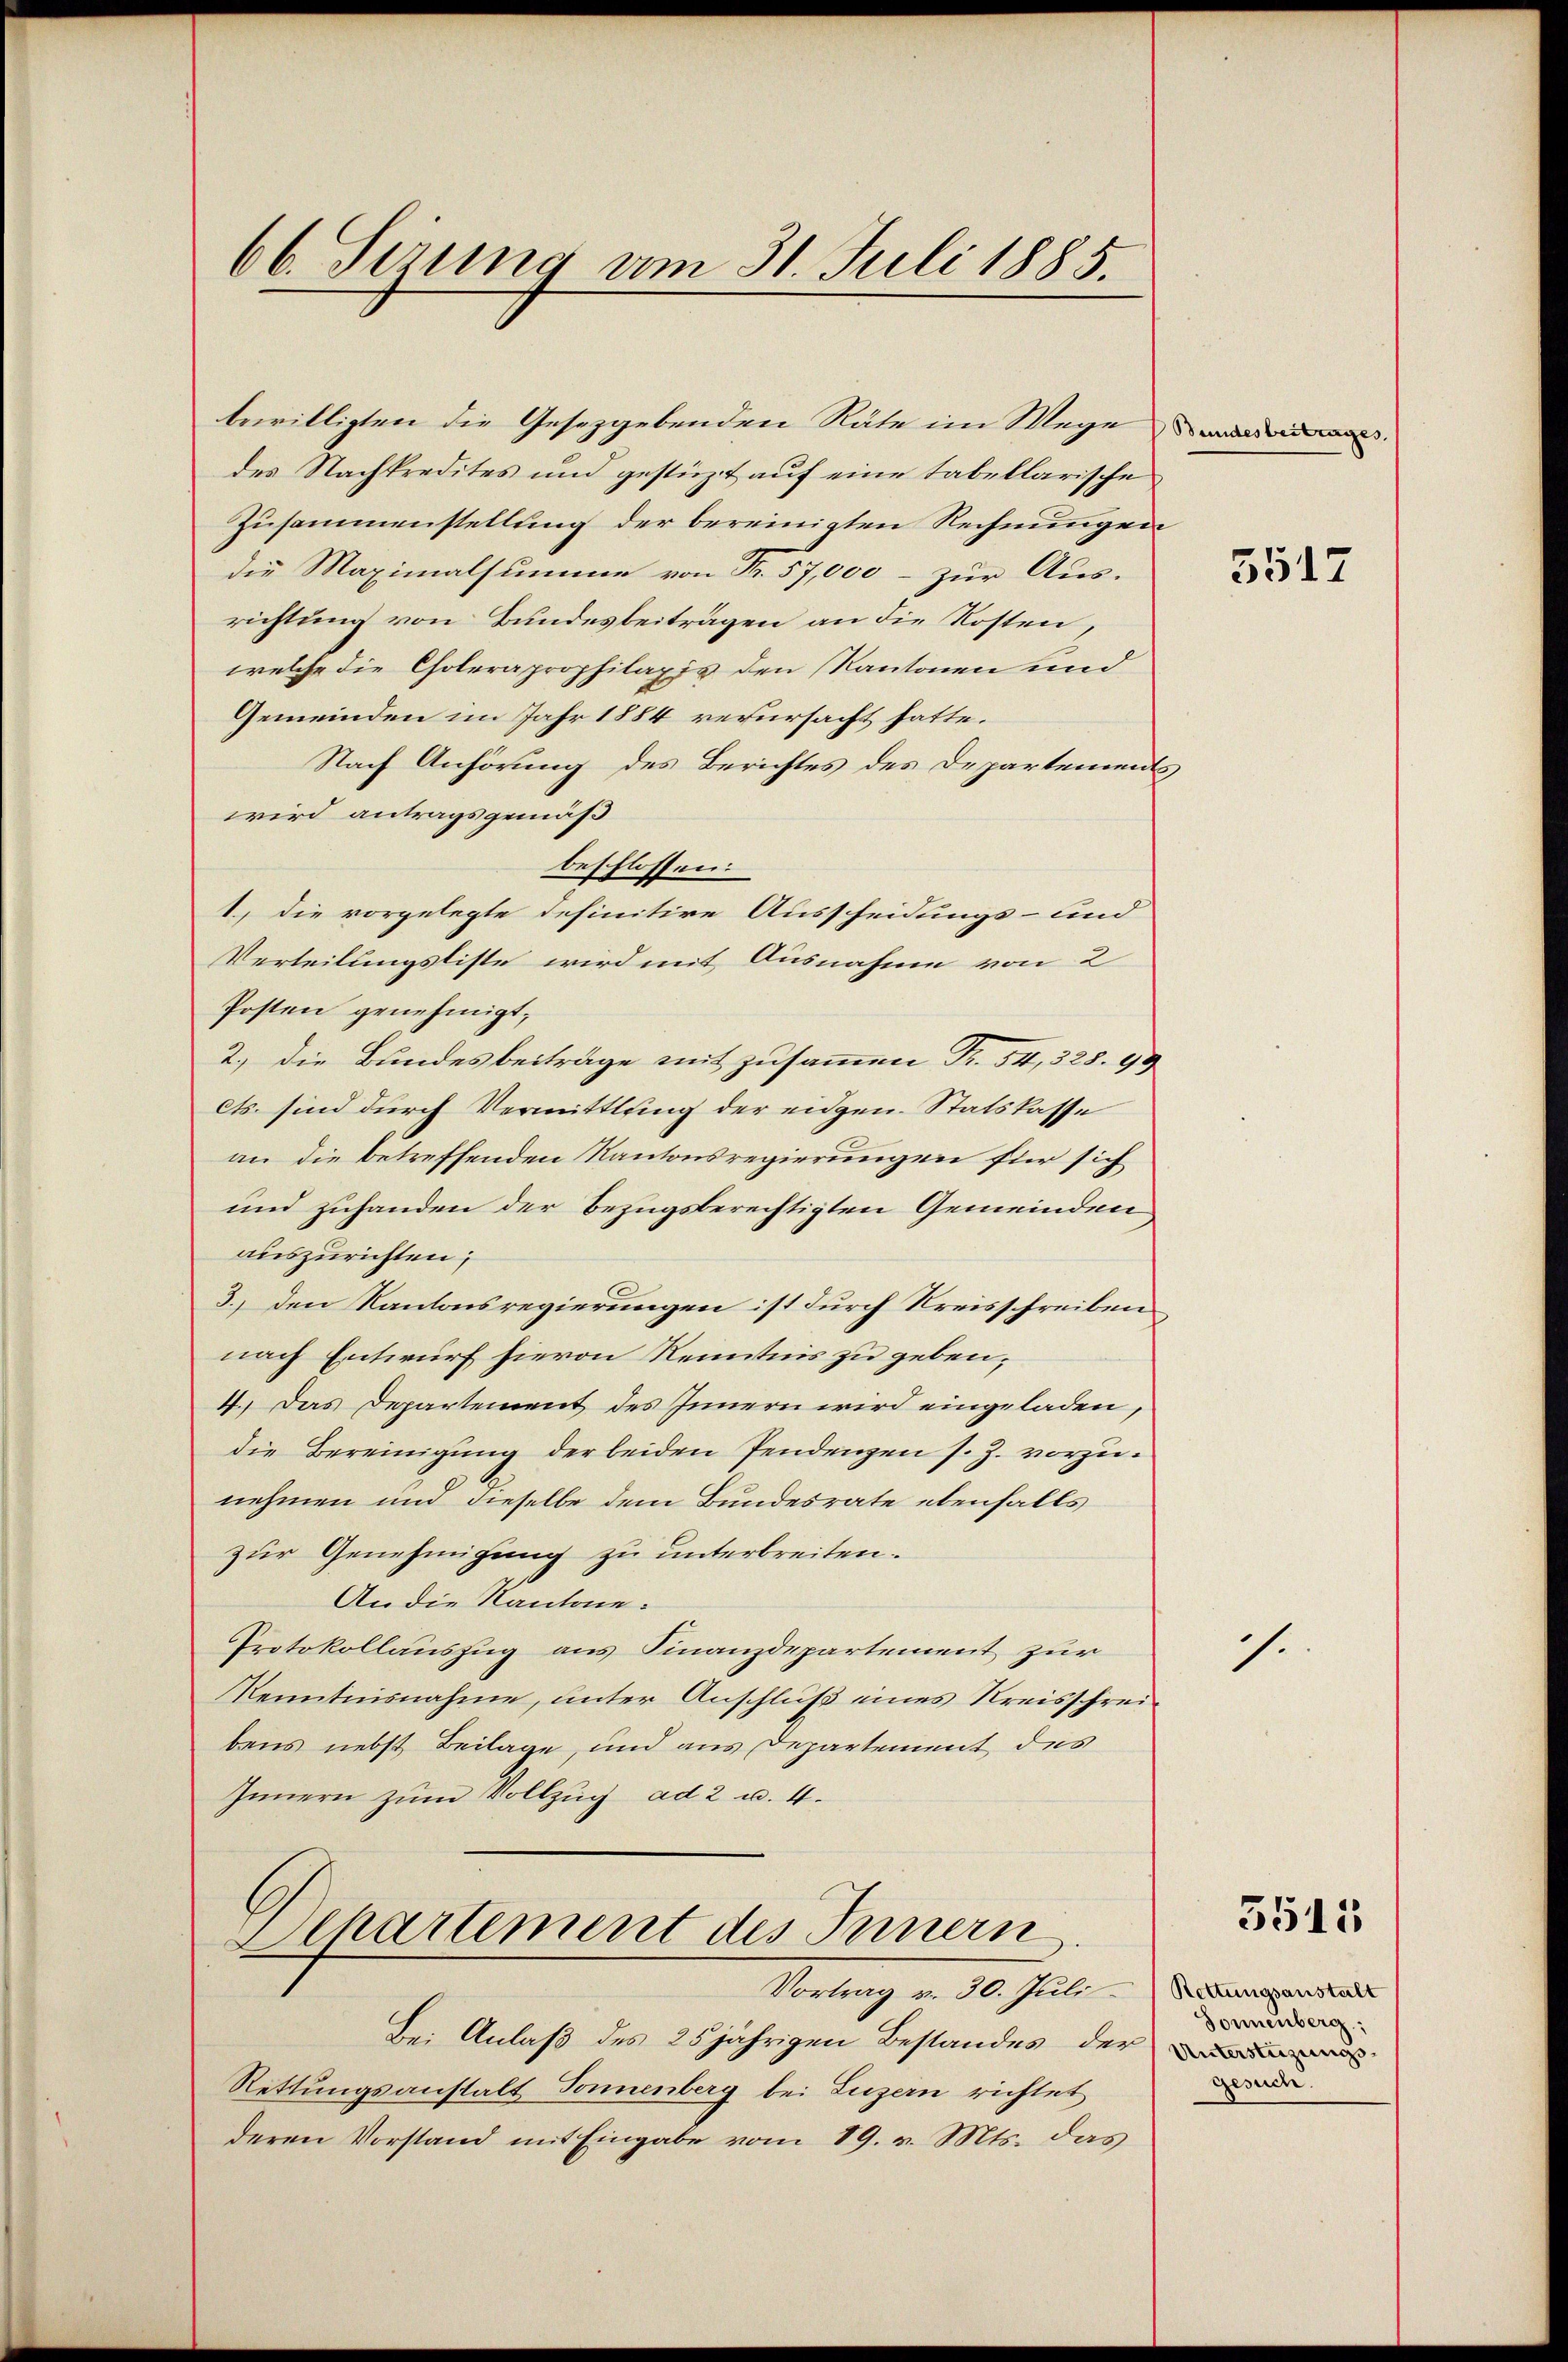
66. Serung am 31. Juli 1885.

bewilligten die Gesetzgebenden Räte im Wege
des Nachkredites und gestüzt auf eine tabellarische
Zusammenstellung der bereinigten Rechnungen
die Maximalsumme von Fr. 57,000 - zur Aus-
richtung von Bundesbeiträgen an die Kosten,
welche die Choleraprophilaxis den Kantonen und
Gemeinden im Jahr 1884 verursacht hatte.
Nach Anhörung des Berichtes des Departements
wird antragsgemäß
beschlossen:
1., die vorgelegte definitive Ausscheidungs- und
Verteilungsliste wird mit Ausnahme von 2
Posten genehmigt;
2.) Die Bundesbeiträge mit zusammen Fr. 54, 328. 99
ets. sind durch Vermittlung der eidgen. Statskasse
an die betreffenden Kantonsregierungen für sich
und zuhanden der Bezugsberechtigten Gemeinden
auszurichten;
3., den Kantonsregierungen ist durch Kreisschreiben
nach Entwurf hievon Kenntnis zu geben;
4. Das Departement des Innern wird eingeladen,
die Bereinigung der beiden Pendenzen s. Z. vorzunehmen und dieselbe dem Bundesrate ebenfalls
zur Genehmigung zu unterbreiten.
An die Kantone:
Protokollauszug aus Finanzdepartement zur
Kenntnisnahme, unter Anschluß eines Kreisschreibens nebst Beilage, und aus Departement des
Innern zum Vollzug ad 2 u. 4.

Departement des Innern

Vortrag v. 10. Jul.
Bei Anlaß des 25jährigen Bestandes der de
Rettungsanstalt Sonnenberg bei Luzern richtet
deren Vorstand mit Eingabe vom 19. v. Mts. das

3517

1

3515

Rettungsanstalt
Sonnenberg:
gesuch.